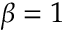
\beta = 1